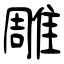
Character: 雕